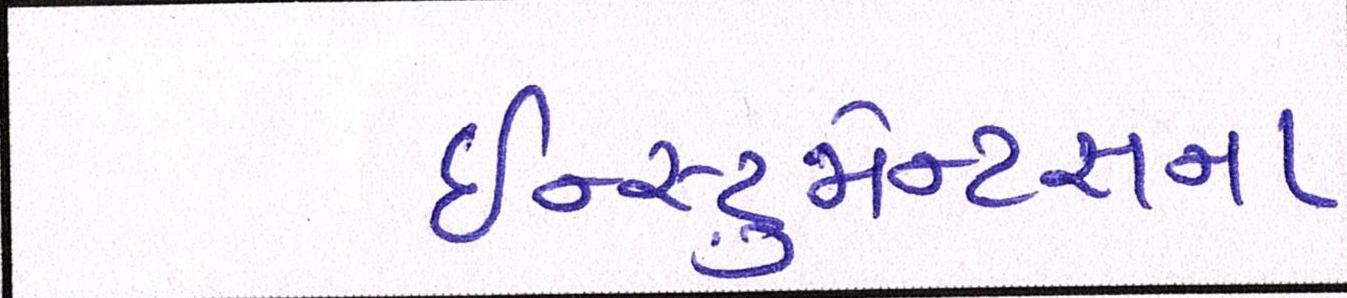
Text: ઇન્સ્ટ્રુમેન્ટસના